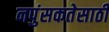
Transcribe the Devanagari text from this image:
नपुंसकतेसाठी